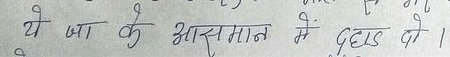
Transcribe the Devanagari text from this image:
ये जा के आसमान में दहाड़ दो ।